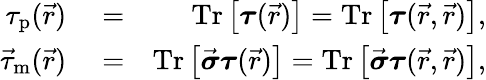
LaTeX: \begin{array}{rlr}{\tau_{\textrm{p}}(\vec{r})}&{{}=}&{\textrm{Tr}\left[\boldsymbol{\tau}(\vec{r})\right]=\textrm{Tr}\left[\boldsymbol{\tau}(\vec{r},\vec{r})\right],}\\ {\vec{\tau}_{\textrm{m}}(\vec{r})}&{{}=}&{\textrm{Tr}\left[\vec{\boldsymbol{\sigma}}\boldsymbol{\tau}(\vec{r})\right]=\textrm{Tr}\left[\vec{\boldsymbol{\sigma}}\boldsymbol{\tau}(\vec{r},\vec{r})\right],}\end{array}